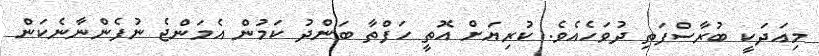
މިއަދަކީ ބުރާސްފަތި ދުވަހެއެވެ. ކުރިޔަށް އޮތީ ހަފްތާ ބަންދު ކަމުން އެމަންޖެ ނުފެންނާނެކަން